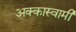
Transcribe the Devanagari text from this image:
अक्कास्वामी